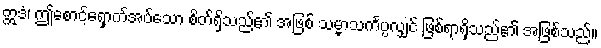
ဣဒံ၊ ဤစောင့်ရှောက်အပ်သော စိတ်ရှိသည်၏ အဖြစ် သမ္မာသင်္ကပ္ပလျှင် ဖြစ်ရာရှိသည်၏ အဖြစ်သည်။